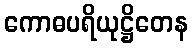
ကောဓပရိယုဋ္ဌိတေန